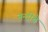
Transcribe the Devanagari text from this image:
नन्दीचे